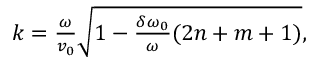
\begin{array} { r } { k = \frac { \omega } { v _ { 0 } } \sqrt { 1 - \frac { \delta \omega _ { 0 } } { \omega } ( 2 n + m + 1 ) } , } \end{array}